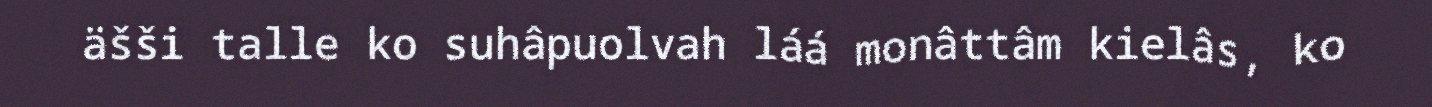
äšši talle ko suhâpuolvah láá monâttâm kielâs, ko